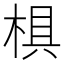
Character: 椇